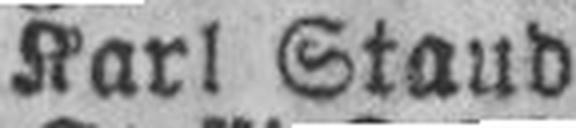
Karl Staud